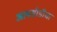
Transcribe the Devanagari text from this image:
आयसीडीचा